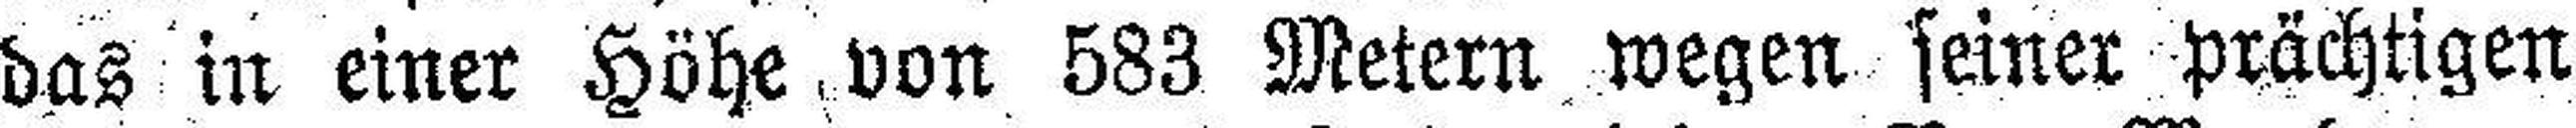
das in einer Höhe, von 583 Metern wegen seiner prächtigen